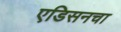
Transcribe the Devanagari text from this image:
एडिसनचा